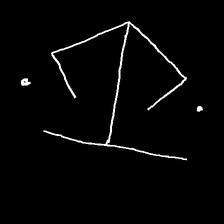
Glyph: earth